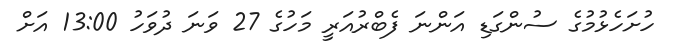
ހުށަހެޅުމުގެ ސުންގަޑި އަންނަ ފެބްރުއަރީ މަހުގެ 27 ވަނަ ދުވަހު 13:00 އަށް